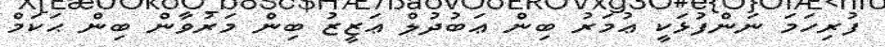
ފުރިހަމަ ނަންފުޅަކީ ޢުމަރު ބިން ޢަބުދުލް ޢަޒީޒު ބިން މަރުވާން ބިން ޙަކަމް